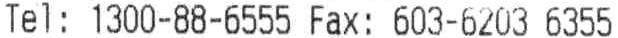
TEL: 1300-88-6555 FAX: 603-6203 6355